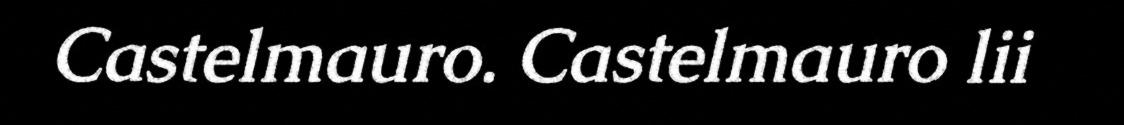
Castelmauro. Castelmauro lii